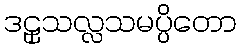
ဒဠှသလ္လသမပ္ပိတော